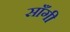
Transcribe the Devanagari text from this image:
साँगी